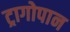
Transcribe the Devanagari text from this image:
ट्रागोपान